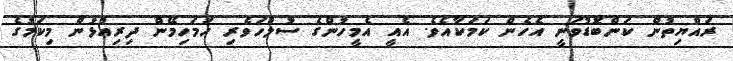
ރައްޔިތުން ކަންބޮޑުވަނީ އެހެން ކަމަކާއެވެ. އެއީ އެމީހުންގެ ސުލްހަވެރި ހަމަހިމޭން ދިރިއުޅުން މިކަމުގެ